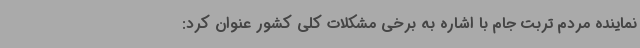
نماینده مردم تربت جام با اشاره به برخی مشکلات کلی کشور عنوان کرد: